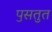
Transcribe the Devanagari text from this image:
पॖसतुत